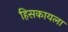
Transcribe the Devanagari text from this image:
हिसकायला